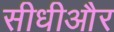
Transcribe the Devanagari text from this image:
सीधीऔर